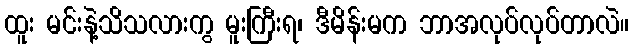
ထူး မင်းနဲ့သိသလားကွ မူးကြီးရ၊ ဒီမိန်းမက ဘာအလုပ်လုပ်တာလဲ။